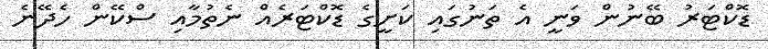
ޑޮކްޓަރު ބޭނުން ވަނީ އެ ތަނުގައި ކަށީގެ ޑޮކްޓަރެއް ނެތުމާއި ސްކޭން ހެދޭނެ